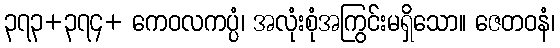
၃၇၃+၃၇၄+ ကေဝလကပ္ပံ၊ အလုံးစုံအကြွင်းမရှိသော။ ဇေတဝနံ၊